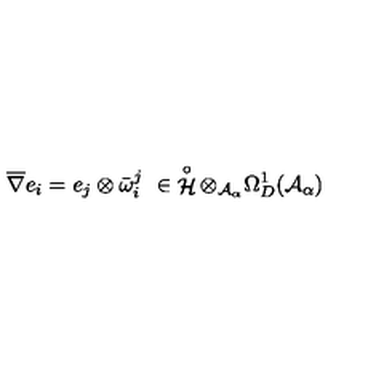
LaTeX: \overline { { \nabla } } e _ { i } = e _ { j } \otimes \bar { \omega } _ { i } ^ { j } \ \in \displaystyle \mathop { { \mathcal H } } ^ { \circ } \otimes _ { { \mathcal A } _ { \alpha } } \Omega _ { D } ^ { 1 } ( { \mathcal A } _ { \alpha } )